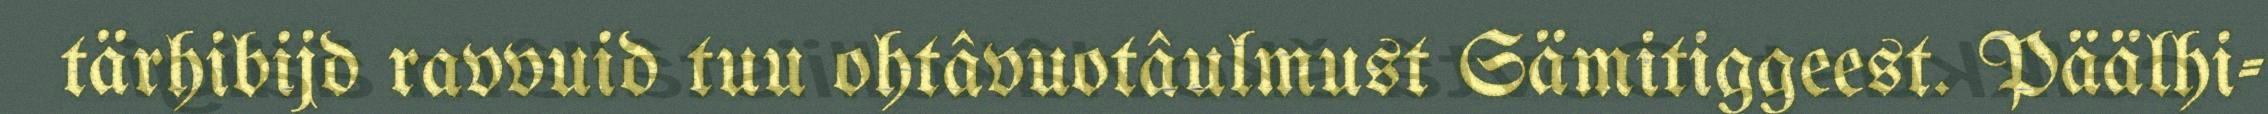
tärhibijd ravvuid tuu ohtâvuotâulmust Sämitiggeest. Päälhi-